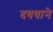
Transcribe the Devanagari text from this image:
दबवाने